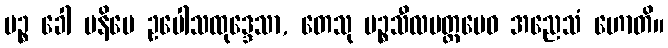
ပဉ္စ ခေါ ပနိမေ ဥပေါသထုဒ္ဒေသာ, တေသု ပဉ္စသီလမတ္တမေဝ အညေသံ ဟောတိ။